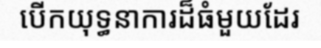
បើកយុទ្ធនាការដ៏ធំមួយដែរ